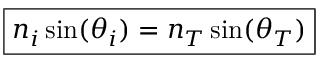
\boxed { n _ { i } \sin ( \theta _ { i } ) = n _ { T } \sin ( \theta _ { T } ) }